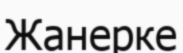
Жанерке